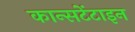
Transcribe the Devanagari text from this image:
कान्सटेंटाइन